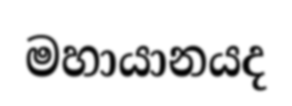
මහායානයද